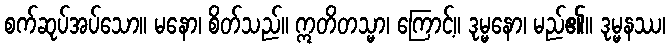
စက်ဆုပ်အပ်သော။ မနော၊ စိတ်သည်။ ဣတိတသ္မာ၊ ကြောင့်။ ဒုမ္မနော၊ မည်၏။ ဒုမ္မနဿ၊